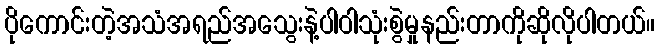
ပိုကောင်းတဲ့အသံအရည်အသွေးနဲ့ပါဝါသုံးစွဲမှုနည်းတာကိုဆိုလိုပါတယ်။